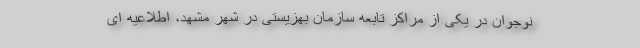
نوجوان در یکی از مراکز تابعه سازمان بهزیستی در شهر مشهد، اطلاعیه ای